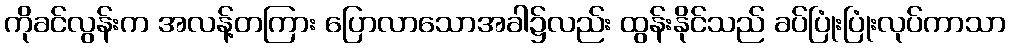
ကိုခင်လွန်းက အလန့်တကြား ပြောလာသောအခါ၌လည်း ထွန်းနိုင်သည် ခပ်ပြုံးပြုံးလုပ်ကာသာ